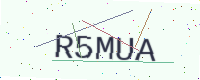
Text: R5MUA